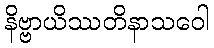
နိဗ္ဗာယိဿတိနာသဝေါ